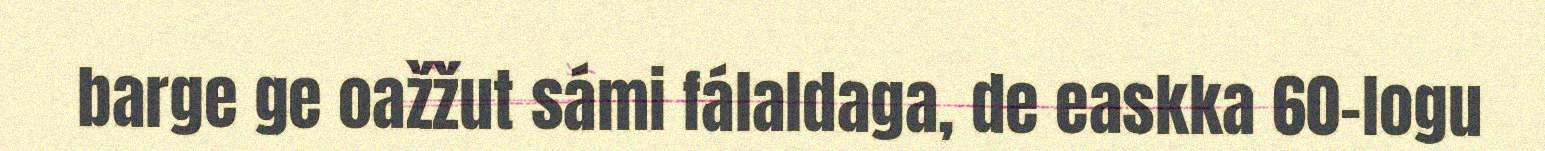
barge ge oažžut sámi fálaldaga, de easkka 60-logu